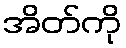
အိတ်ကို